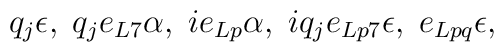
q_{j}\epsilon, \; q_{j}e_{L7}\alpha, \; ie_{Lp}\alpha, \;iq_{j}e_{Lp7}\epsilon, \; e_{Lpq}\epsilon,